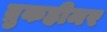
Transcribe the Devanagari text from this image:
ब्रुकहीमर